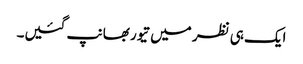
ایک ہی نظر میں تیور بھانپ گئیں۔